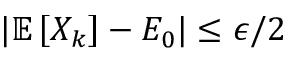
| \mathbb { E } \left[ X _ { k } \right] - E _ { 0 } | \le \epsilon / 2